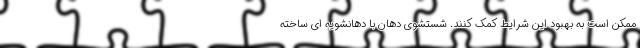
ممکن است به بهبود این شرایط کمک کنند. شستشوی دهان با دهانشویه ای ساخته